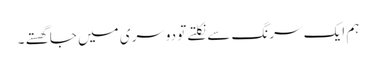
ہم ایک سرنگ سے نکلتے تو دوسری میں جا گھستے ۔